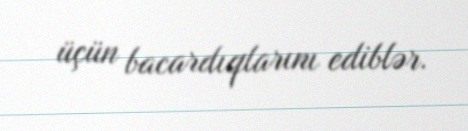
üçün bacardıqlarını ediblər.